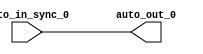
module IntSyncSyncCrossingSink_1(
  input   auto_in_sync_0,
  output  auto_out_0
);
  assign auto_out_0 = auto_in_sync_0; // @[Nodes.scala 1216:84 LazyModule.scala 312:16]
endmodule